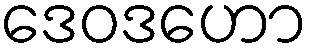
ဒေဝဒဟော